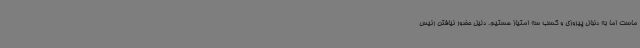
ماست اما به دنبال پیروزی و کسب سه امتیاز هستیم. دلیل حضور نیافتن رئیس